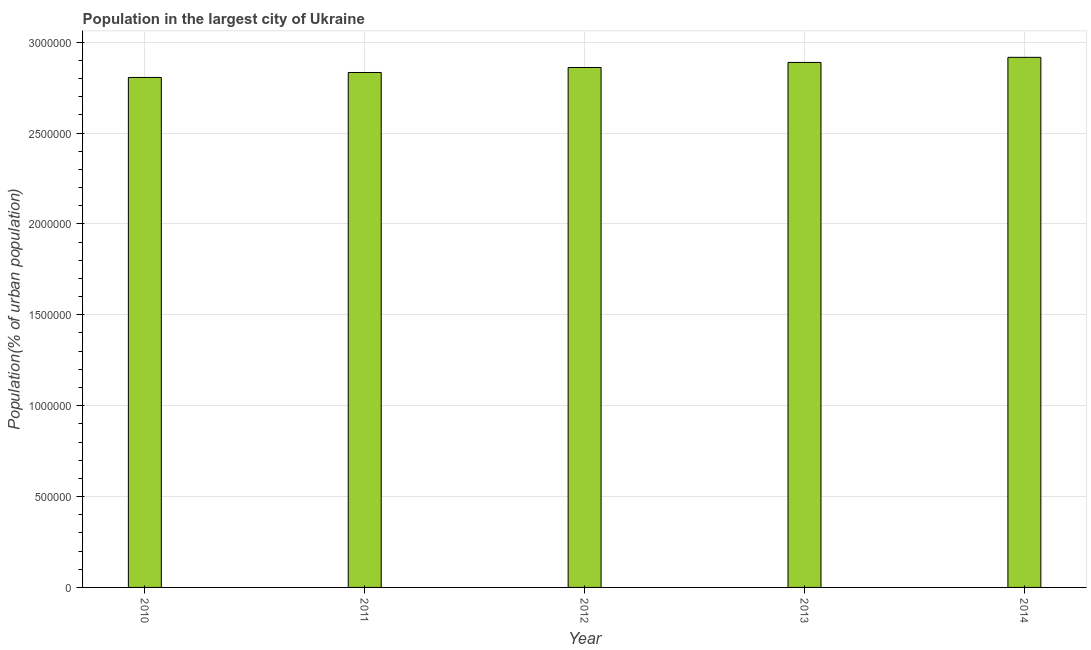
| Year | Population in largest city |
 | --- | --- |
 | 2010 | 2.81e+06 |
 | 2011 | 2.83e+06 |
 | 2012 | 2.86e+06 |
 | 2013 | 2.89e+06 |
 | 2014 | 2.92e+06 |